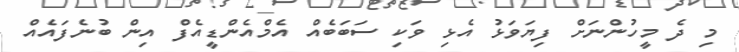
މި ދެ މީހުންނަށް ފިޔަވަޅު އެޅި ވަކި ސަބަބެއް އެމްއެންޑީއެފް އިން ބުނެފައެއް